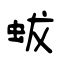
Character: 蛂